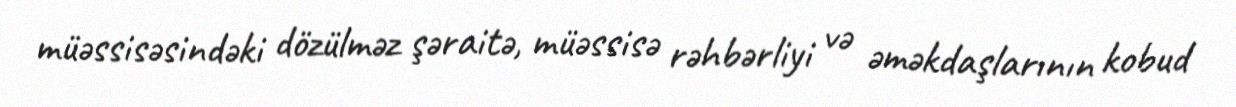
müəssisəsindəki dözülməz şəraitə, müəssisə rəhbərliyi və əməkdaşlarının kobud